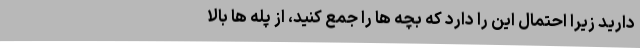
دارید زیرا احتمال این را دارد که بچه ها را جمع کنید، از پله ها بالا